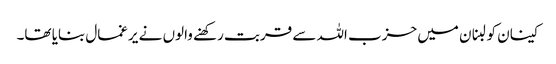
کینان کو لبنان میں حزب اللہ سے قربت رکھنے والوں نے یرغمال بنایا تھا۔